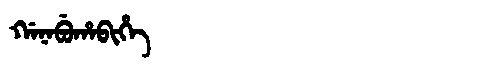
Manchu: ᡤᠠᠨᠠᠪᡠᡥᠠᠪᡳᡥᡝ
Romanization: GANABUHABIHE